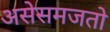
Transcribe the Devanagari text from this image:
असेसमजतो